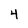
Character: 4